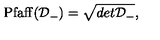
\mathrm { P f a f f } ( { \cal D } _ { - } ) = \sqrt { d e t { \cal D } _ { - } } ,